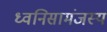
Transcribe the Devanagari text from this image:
ध्वनिसामंजस्य